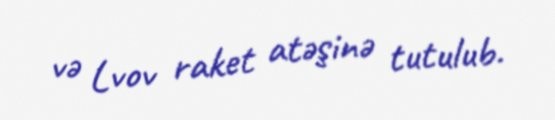
və Lvov raket atəşinə tutulub.